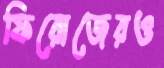
ফিরোজেরও